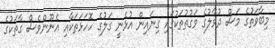
މިބާވަތުގެ މަސް ދުވާލުގެ ވަގުތުތަކުގައި ގިނައިން އުޅެނީ ގަލުގެ ހޮހަޅަތަކާއި އެނޫންވެސް ގާތަކުގެ